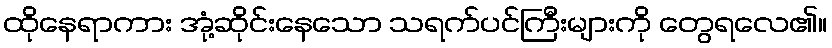
ထိုနေရာကား အုံ့ဆိုင်းနေသော သရက်ပင်ကြီးများကို တွေရလေ၏။